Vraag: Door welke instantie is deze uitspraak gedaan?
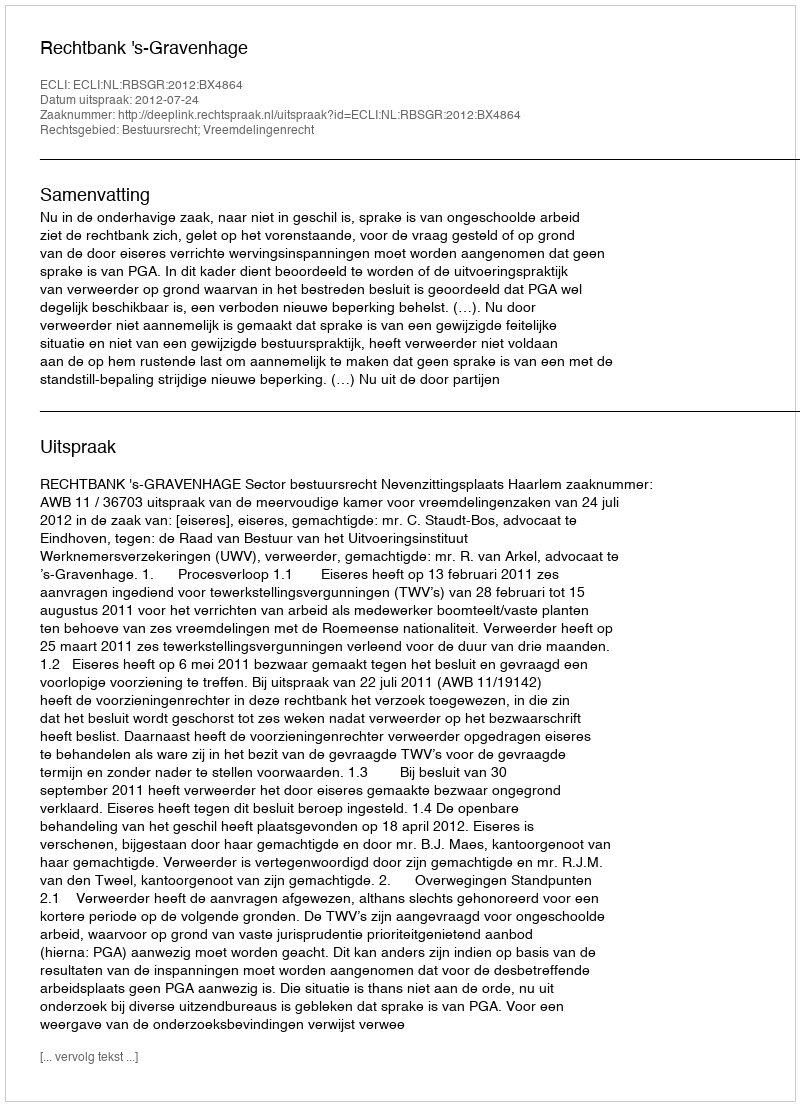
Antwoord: Rechtbank 's-Gravenhage